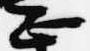
正